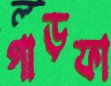
গাড়ফা